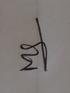
Signature authenticity: genuine